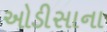
ઓડીસાના